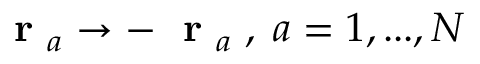
\mathrm { ~ \bf ~ r ~ } _ { a } \to - \mathrm { ~ \bf ~ r ~ } _ { a } \; , \; a = 1 , . . . , N